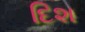
દિશ